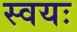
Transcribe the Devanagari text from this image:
स्वयः